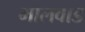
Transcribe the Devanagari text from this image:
मालवाड